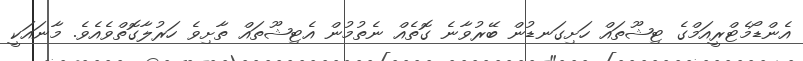
އެންޑޯމެޓްރީއަމްގެ ޓިޝޫތައް ހަށިގަނޑުން ބޭރުވާނެ ގޮތެއް ނެތުމުން އެޓިޝޫތައް ތާށިވެ ހަރުލާގޮތްވެއެވެ. މާނައަކީ